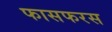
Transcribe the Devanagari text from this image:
फासफरस